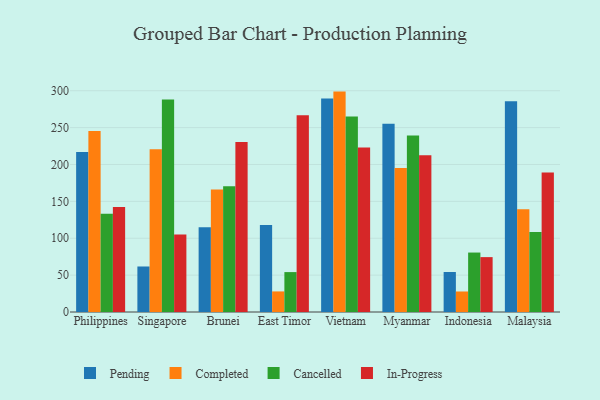
{"axis": {"x": "Country", "y": "Backlog"}, "legend": ["Cancelled", "Completed", "In-Progress", "Pending"], "data": [{"x": "Philippines", "y": 217.0, "type": "Pending"}, {"x": "Philippines", "y": 245.3, "type": "Completed"}, {"x": "Philippines", "y": 133.2, "type": "Cancelled"}, {"x": "Philippines", "y": 142.4, "type": "In-Progress"}, {"x": "Singapore", "y": 61.7, "type": "Pending"}, {"x": "Singapore", "y": 220.5, "type": "Completed"}, {"x": "Singapore", "y": 288.1, "type": "Cancelled"}, {"x": "Singapore", "y": 104.9, "type": "In-Progress"}, {"x": "Brunei", "y": 114.9, "type": "Pending"}, {"x": "Brunei", "y": 166.0, "type": "Completed"}, {"x": "Brunei", "y": 170.4, "type": "Cancelled"}, {"x": "Brunei", "y": 230.6, "type": "In-Progress"}, {"x": "East Timor", "y": 118.1, "type": "Pending"}, {"x": "East Timor", "y": 27.9, "type": "Completed"}, {"x": "East Timor", "y": 54.1, "type": "Cancelled"}, {"x": "East Timor", "y": 266.7, "type": "In-Progress"}, {"x": "Vietnam", "y": 289.6, "type": "Pending"}, {"x": "Vietnam", "y": 298.8, "type": "Completed"}, {"x": "Vietnam", "y": 264.9, "type": "Cancelled"}, {"x": "Vietnam", "y": 222.9, "type": "In-Progress"}, {"x": "Myanmar", "y": 255.3, "type": "Pending"}, {"x": "Myanmar", "y": 195.1, "type": "Completed"}, {"x": "Myanmar", "y": 239.2, "type": "Cancelled"}, {"x": "Myanmar", "y": 212.6, "type": "In-Progress"}, {"x": "Indonesia", "y": 54.2, "type": "Pending"}, {"x": "Indonesia", "y": 27.8, "type": "Completed"}, {"x": "Indonesia", "y": 80.6, "type": "Cancelled"}, {"x": "Indonesia", "y": 74.4, "type": "In-Progress"}, {"x": "Malaysia", "y": 285.7, "type": "Pending"}, {"x": "Malaysia", "y": 139.4, "type": "Completed"}, {"x": "Malaysia", "y": 108.5, "type": "Cancelled"}, {"x": "Malaysia", "y": 189.2, "type": "In-Progress"}]}